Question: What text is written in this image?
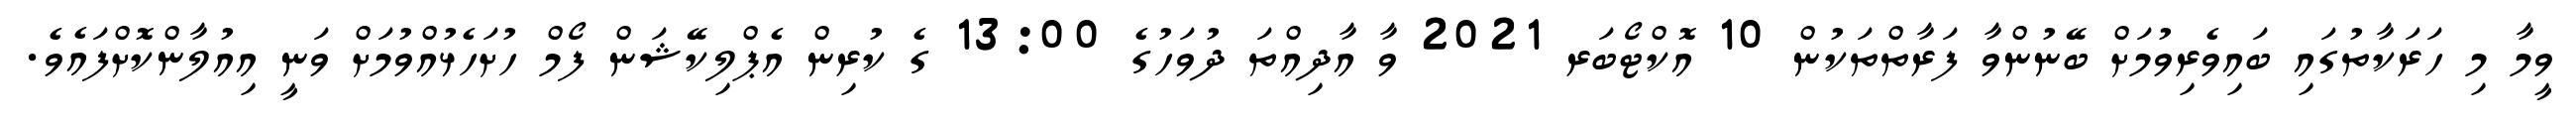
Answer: ވީމާ މި ހަރަކާތުގައި ބައިވެރިވުމަށް ބޭނުންވާ ފަރާތްތަކުން 10 އޮކްޓޯބަރ 2021 ވާ އާދިއްތަ ދުވަހުގެ 13:00 ގެ ކުރިން އެޕްލިކޭޝަން ފޯމް ހުށަހެޅުއްވުމަށް ވަނީ އިއުލާންކޮށްފައެވެ.